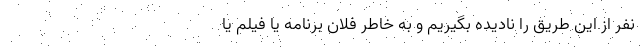
نفر از این طریق را نادیده بگیریم و به خاطر فلان برنامه یا فیلم یا